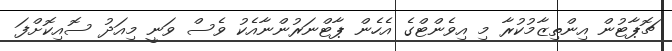
ޗޮޕާޓުން އިންތިޒާމުކުރާ މި އިވެންޓްގެ އެހެން ޕާޓްނަރުންނާއެކު ވެސް ވަނީ މިއަދު ސޮއިކޮށްފަ